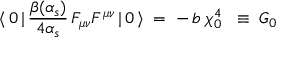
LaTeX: \langle \, 0 \, | \, \frac { \beta ( \alpha _ { s } ) } { 4 \alpha _ { s } } \, F _ { \mu \nu } F ^ { \mu \nu } \, | \, 0 \, \rangle \; = \; - \, b \; \chi _ { 0 } ^ { 4 } \; \; \equiv \; G _ { 0 }